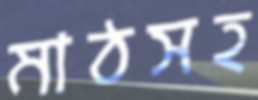
মাঠসহ